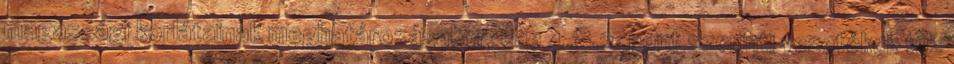
magassági korlátainak meghatározásakor, eae 4.8.2. pont szerinti vezetékek tûz